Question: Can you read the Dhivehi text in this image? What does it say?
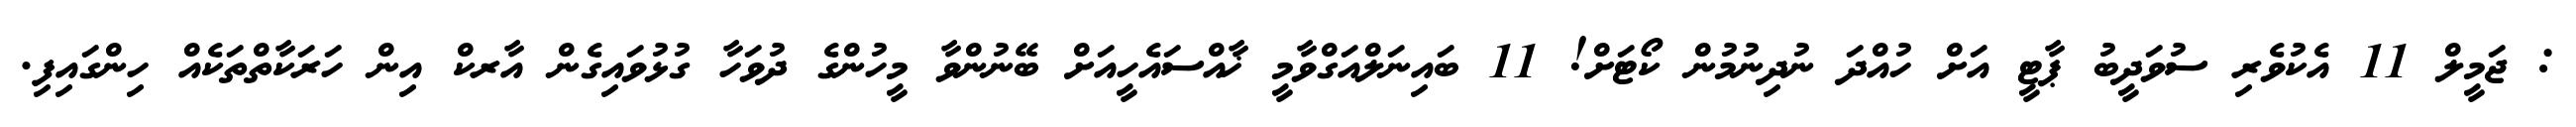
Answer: : ޖަމީލް 11 އެކުވެރި ސުވަދީބު ޕާޓީ އަށް ހުއްދަ ނުދިނުމުން ކޯޓަށް! 11 ބައިނަލްއަގްވާމީ ޚާއްސައެހީއަށް ބޭނުންވާ މީހުންގެ ދުވަހާ ގުޅުވައިގެން އާރކް އިން ހަރަކާތްތަކެއް ހިންގައިފި.